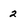
Character: 2